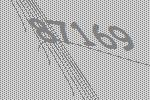
87169